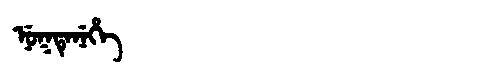
Manchu: ᠨᡠᡴᡨᡝᠨᡝᡥᡝ
Romanization: NUKTENEHE